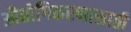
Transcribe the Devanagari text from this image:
औद्योगिकरणासाठी